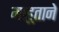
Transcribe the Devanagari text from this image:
माहूताने